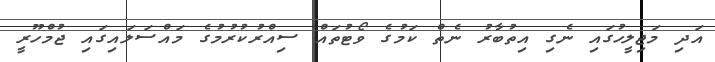
އަދި މަޖިލީހުގައި ނެގި އިތުބާރު ނެތް ކަމުގެ ވޯޓުތައް ސިއްރުކުރުމުގެ މައްސަލައިގައި ޖުމްހޫރީ